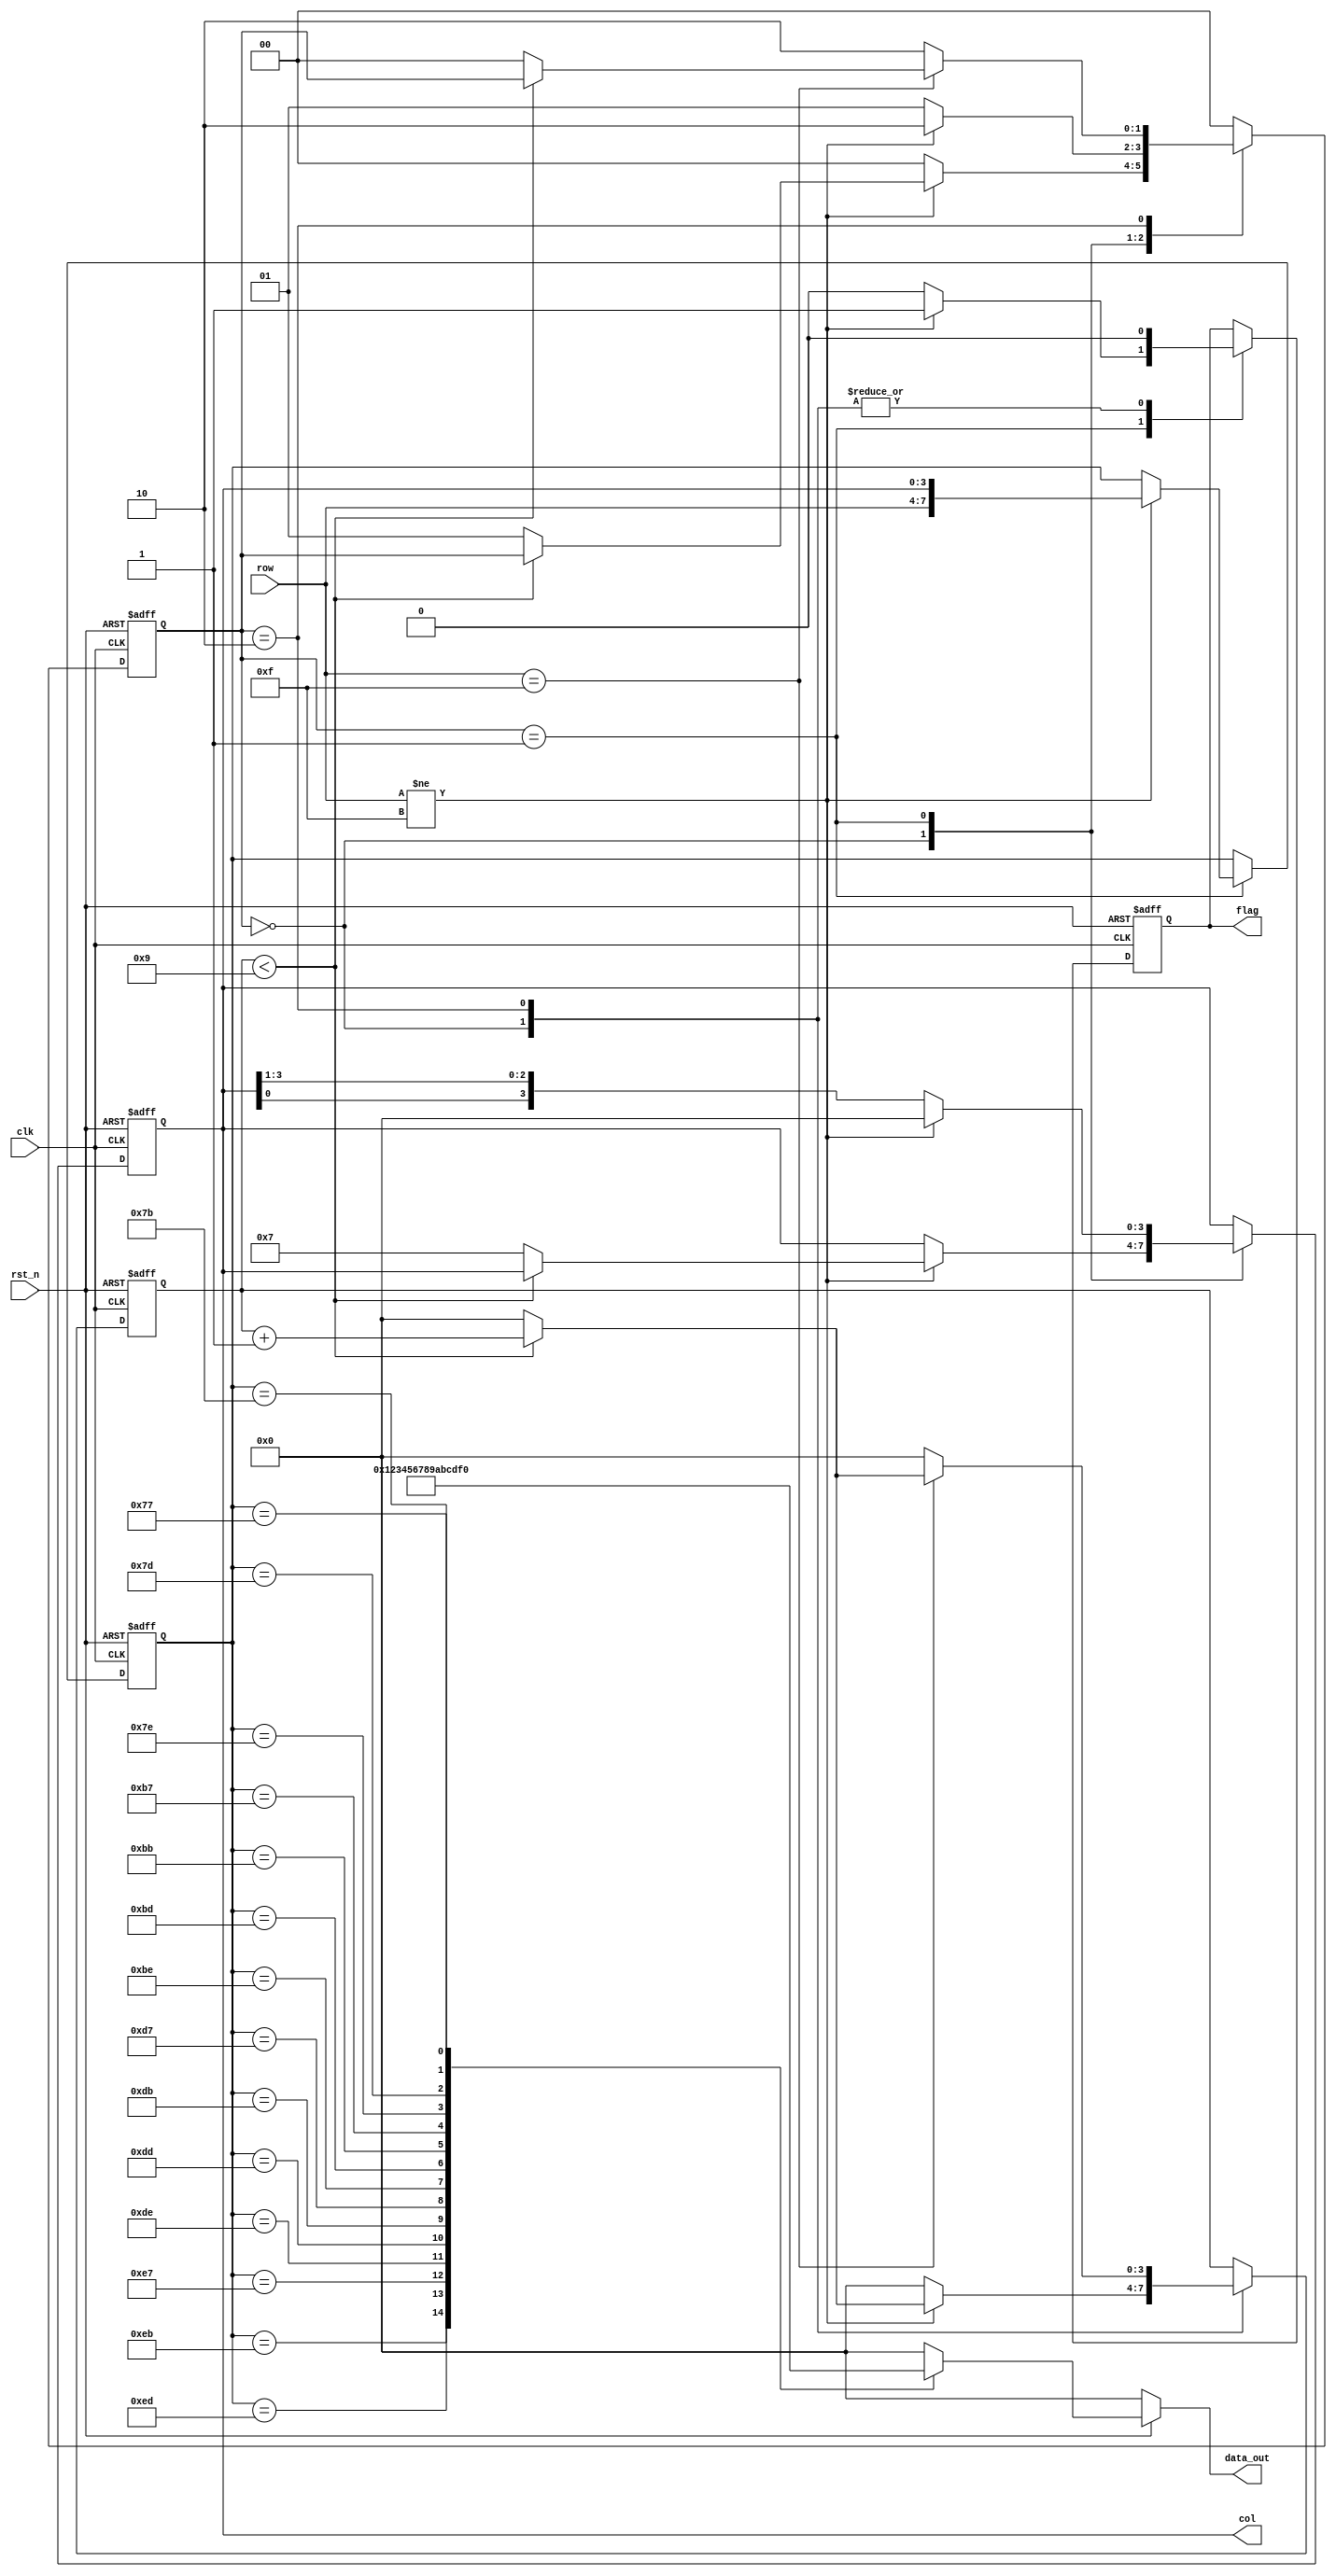
//
module key_scan(clk, rst_n, row, col, flag, data_out);
	
	input clk;																		//50MHZ
	input rst_n;																			//
	input [3:0] row;																		//
	
	output reg [3:0]col;																	//
	output reg flag;																		//
	output reg [3:0] data_out;															//
	
	//
	reg [1:0] state;																		//
	reg [3:0] cnt_time;																	//1ms10ms
	reg [7:0] row_col;																	//
	
	parameter s0 = 2'b00;																//
	parameter s1 = 2'b01;
	parameter s2 = 2'b10;
	
	always @ (posedge clk or negedge rst_n)
	begin
		if(!rst_n)
			begin
				state <= s0;																//s0
				cnt_time <= 4'd0;															//1ms0
				row_col <= 8'd0;															//0
				col <= 4'b0;																//0
				flag <= 1'b0;																//0
			end
		else
			begin
				case(state)																	//
					s0	:	begin
								if(row != 4'b1111)										//
									begin
										if(cnt_time < 4'd9)								//
											begin
												cnt_time <= cnt_time + 4'd1;			//
												flag <= 1'b0;								//0
											end
										else													//
											begin
												cnt_time <= 4'd0;							//
												flag <= 1'b0;								//0
												col <= 4'b0111;							//
												state <= s1;								//s1
											end
									end
								else															//
									begin
										cnt_time <= 4'd0;									//0
										flag <= 1'b0;										//0
										state <= s0;										//s0
									end
							end
					s1	:	begin
								if(row != 4'b1111)										//
									begin
										flag <= 1'b1;										//1
										row_col <= {row,col};							// 
										col <= 4'b0;										//
										state <= s2;										//s2
									end
								else															//
									begin
										col<= {col[0],col[3:1]};						//
										state <= s1;										//s1
										flag <= 1'b0;										//0
									end
							end
					s2	:	begin
								if(row == 4'b1111)										//
									begin
										if(cnt_time < 4'd9)								//
											begin
												cnt_time <= cnt_time + 4'd1;			//
												flag <= 1'b0;								//0
											end
										else													//
											begin
												cnt_time <= 4'd0;							//
												flag <= 1'b0;								//0
												state <= s0;								//s0
											end
									end
								else															//
									begin
										state <= s2;										//s2
										cnt_time <= 4'd0;									//0
										flag <= 1'b0;										//0
									end
							end
					
					default	:	state <= s0;											//
				endcase
			end	
	end
	
	//
	always @ (*)
	begin
		if(!rst_n)
			begin
				data_out = 4'd0;
			end
		else
			begin
				case(row_col)
					8'b1110_1110	:	data_out = 4'd0;									//0
					8'b1110_1101	:	data_out = 4'd1;									//1
					8'b1110_1011	:	data_out = 4'd2;									//2
					8'b1110_0111	:	data_out = 4'd3;									//3
					
					8'b1101_1110	:	data_out = 4'd4;									//4
					8'b1101_1101	:	data_out = 4'd5;									//5
					8'b1101_1011	:	data_out = 4'd6;									//6
					8'b1101_0111	:	data_out = 4'd7;									//7
					
					8'b1011_1110	:	data_out = 4'd8;									//8
					8'b1011_1101	:	data_out = 4'd9;									//9
					8'b1011_1011	:	data_out = 4'd10;									//+
					8'b1011_0111	:	data_out = 4'd11;									//-
					
					8'b0111_1110	:	data_out = 4'd12;									//
					8'b0111_1101	:	data_out = 4'd13;									//
					8'b0111_1011	:	data_out = 4'd14;									//=
					8'b0111_0111	:	data_out = 4'd15;									//
					
				default	:	data_out = 4'd0;												//0	
				endcase
			end
	end
	
endmodule